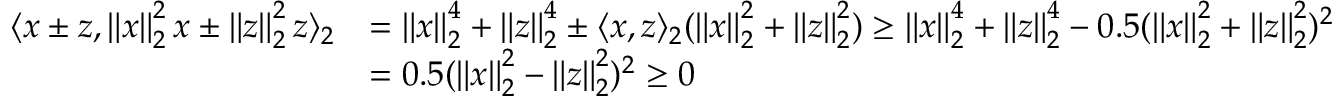
\begin{array} { r l } { \langle x \pm z , \left\| x \right\| _ { 2 } ^ { 2 } x \pm \left\| z \right\| _ { 2 } ^ { 2 } z \rangle _ { 2 } } & { = \left\| x \right\| _ { 2 } ^ { 4 } + \left\| z \right\| _ { 2 } ^ { 4 } \pm \langle x , z \rangle _ { 2 } ( \left\| x \right\| _ { 2 } ^ { 2 } + \left\| z \right\| _ { 2 } ^ { 2 } ) \geq \left\| x \right\| _ { 2 } ^ { 4 } + \left\| z \right\| _ { 2 } ^ { 4 } - 0 . 5 ( \left\| x \right\| _ { 2 } ^ { 2 } + \left\| z \right\| _ { 2 } ^ { 2 } ) ^ { 2 } } \\ & { = 0 . 5 ( \left\| x \right\| _ { 2 } ^ { 2 } - \left\| z \right\| _ { 2 } ^ { 2 } ) ^ { 2 } \geq 0 } \end{array}